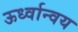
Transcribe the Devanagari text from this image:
ऊर्ध्वान्वय